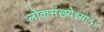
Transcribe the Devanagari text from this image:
लोकसंख्येच्या१४